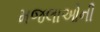
મજલાઓની